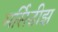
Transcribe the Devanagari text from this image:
मर्सिडीझ